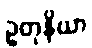
ဥတုနိယာ